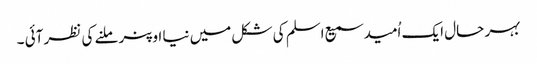
بہر حال ایک اُمید سمیع اسلم کی شکل میں نیا اوپنر ملنے کی نظر آئی ۔